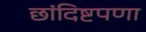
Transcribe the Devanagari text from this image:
छांदिष्टपणा